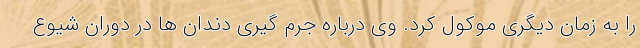
را به زمان دیگری موکول کرد. وی درباره جرم گیری دندان ها در دوران شیوع